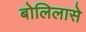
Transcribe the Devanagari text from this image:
बोलिलासे